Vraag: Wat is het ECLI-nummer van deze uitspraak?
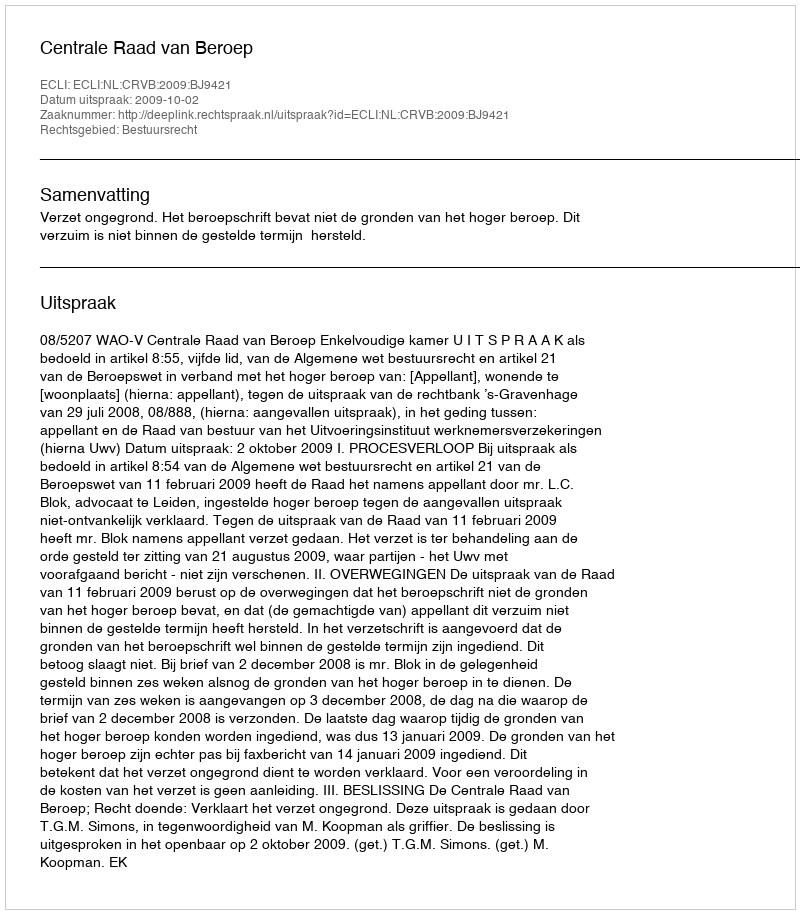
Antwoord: ECLI:NL:CRVB:2009:BJ9421